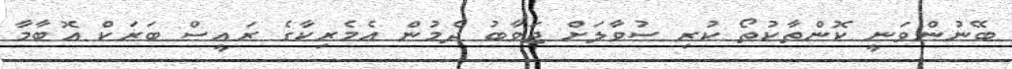
ބޭނުންވަނީ ކޮންތާކުތޯ ކުރި ސުވާލަށް ޖަވާބު ދެމުން އެމެރިކާގެ ރައީސް ބަރަކް އޮބާމާ